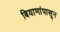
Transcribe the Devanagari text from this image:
बियाणांपासून